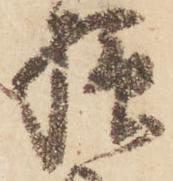
様